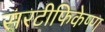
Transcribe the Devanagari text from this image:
सरटीफिकेष्ण